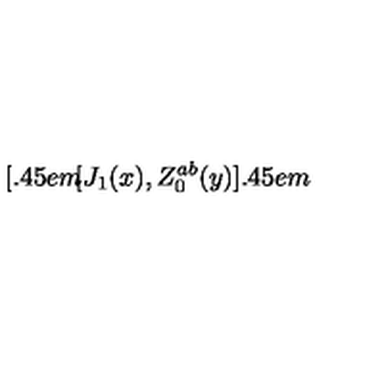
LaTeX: [ \kern - 0 . 4 5 e m \llap [ J _ { 1 } ( x ) , Z _ { 0 } ^ { a b } ( y ) ] \kern - 0 . 4 5 e m \llap ~